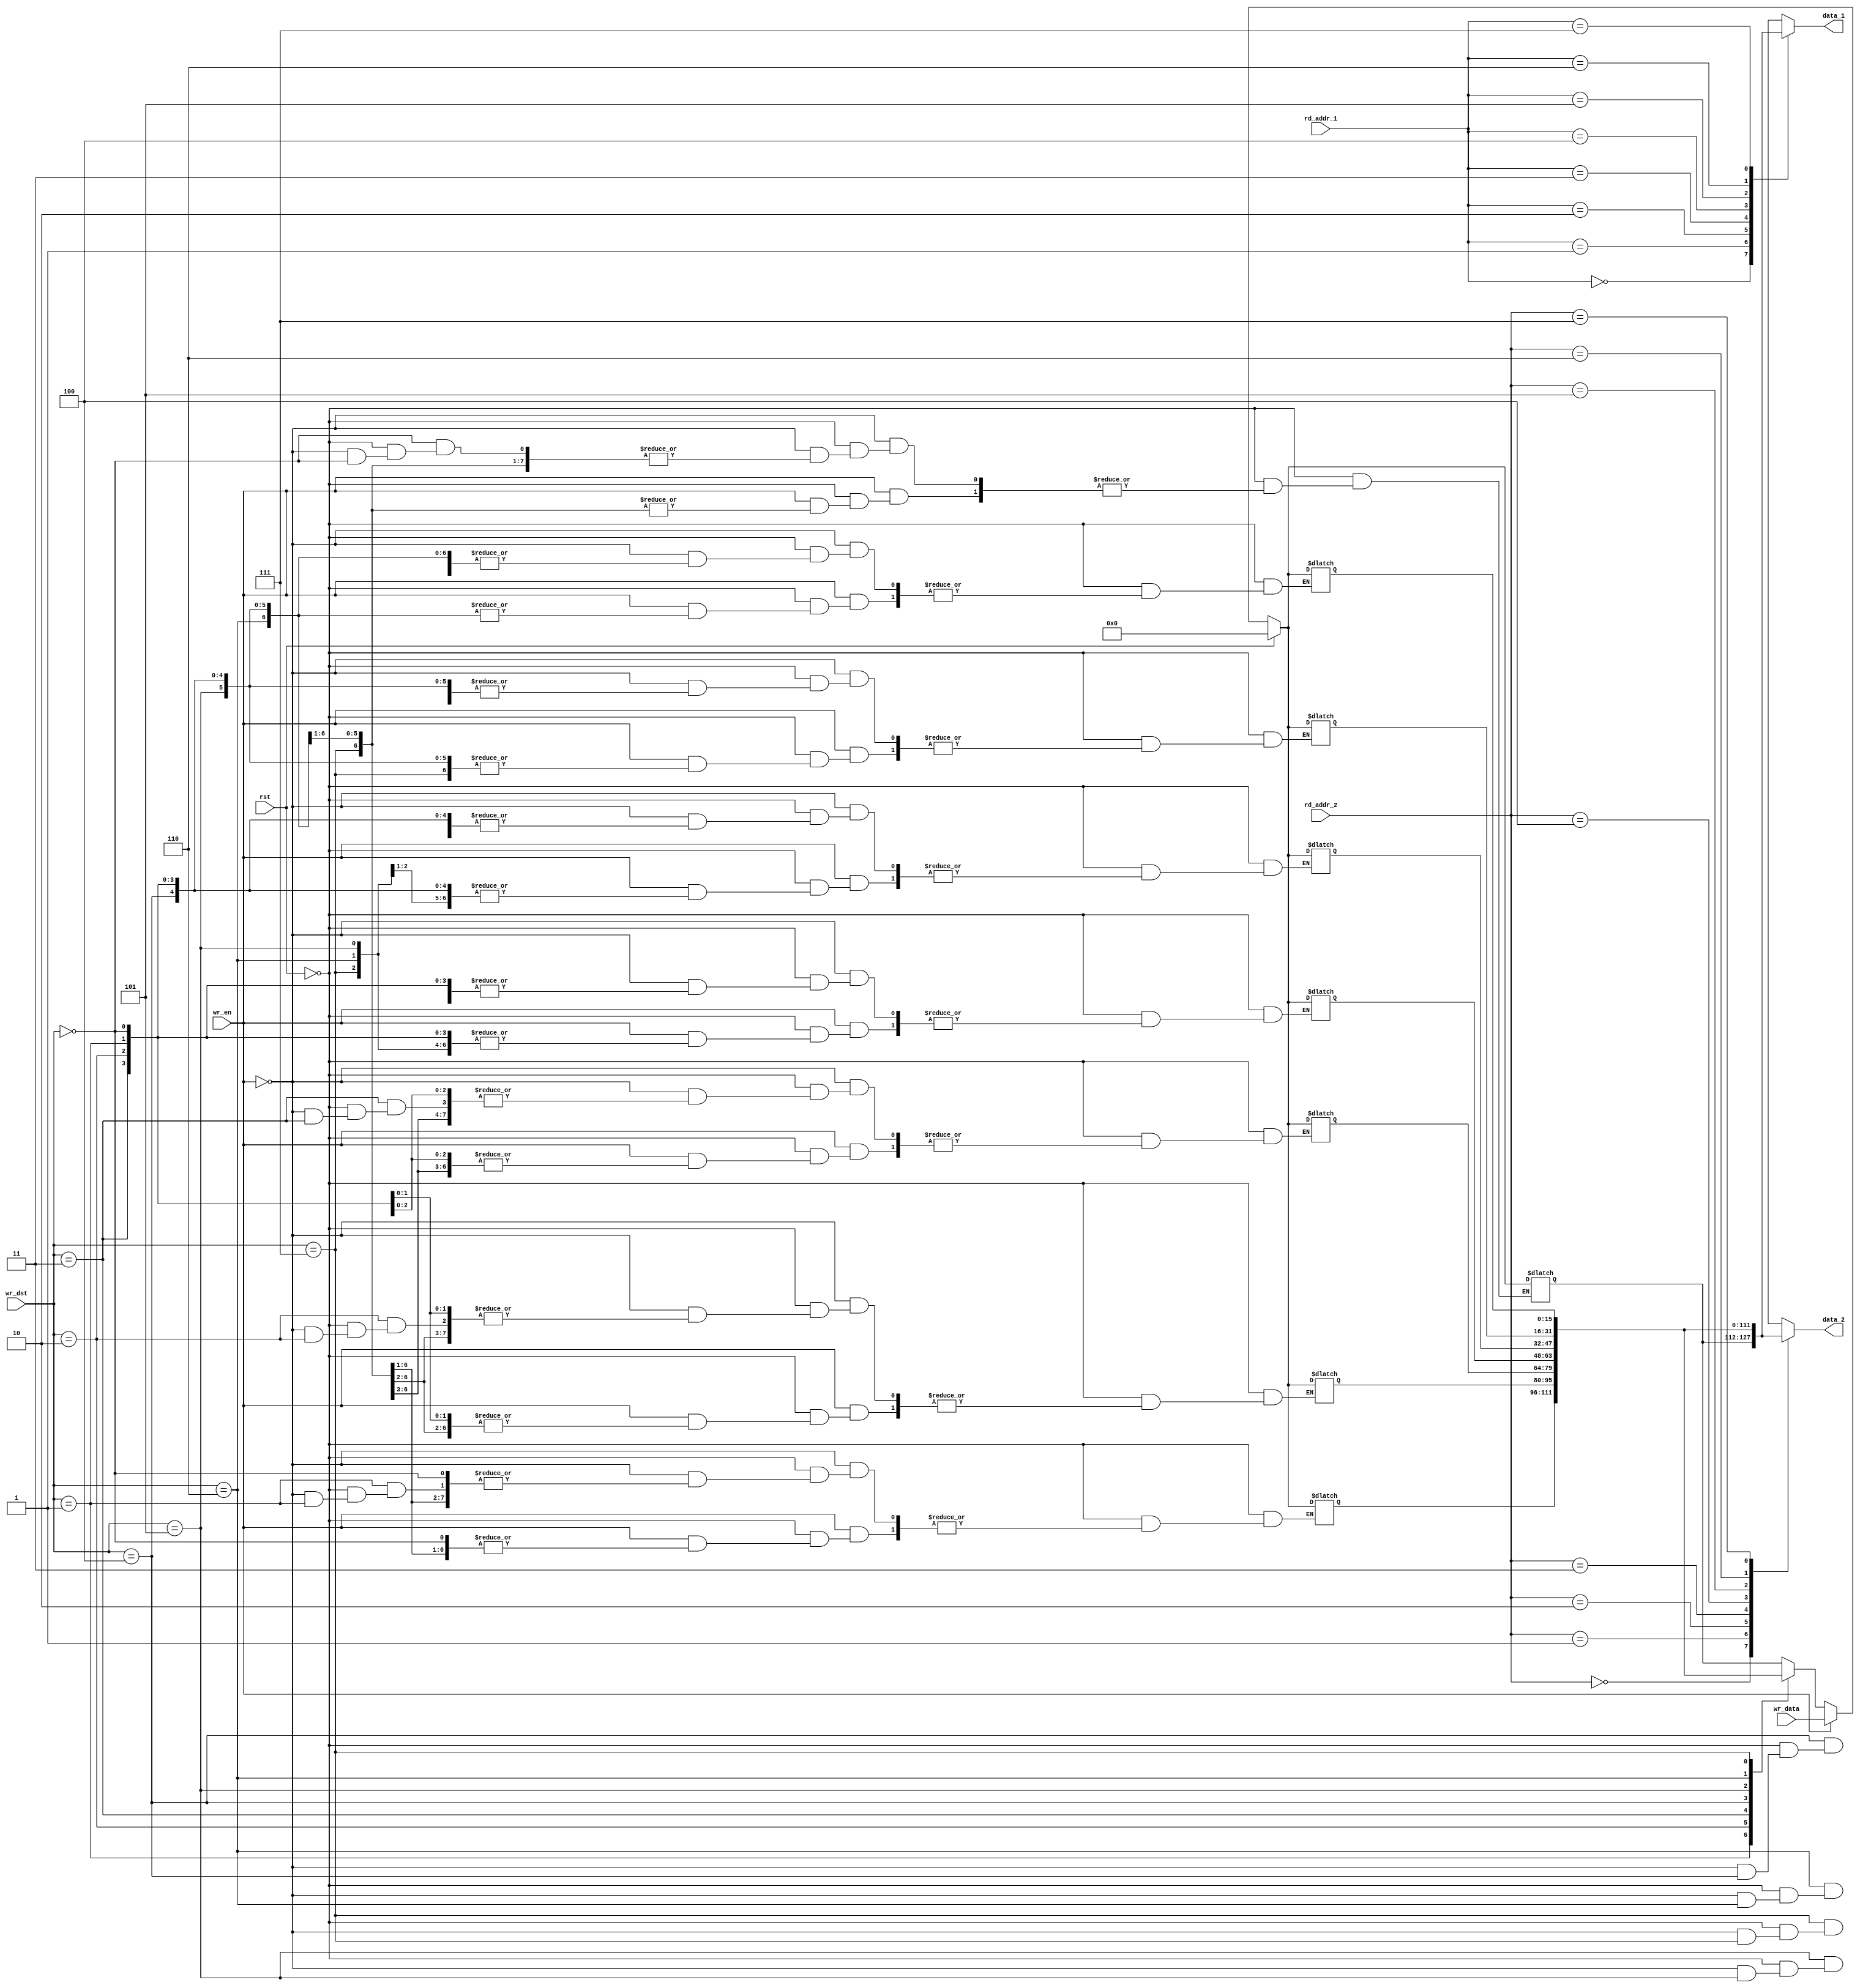
module ScalarRegFile (rst, rd_addr_1, rd_addr_2, wr_dst, wr_data, wr_en, data_1, data_2);

input wr_en, rst;
input [2:0] rd_addr_1, rd_addr_2, wr_dst;
input [15:0] wr_data;

output [15:0] data_1, data_2;

reg [15:0] regTable [0:7];

assign data_1 = regTable[rd_addr_1];
assign data_2 = regTable[rd_addr_2];
  
always @(wr_en, rst)
  if(rst) begin // Clear the registers
    regTable[7] = 16'h0000;
    regTable[6] = 16'h0000;
    regTable[5] = 16'h0000;
    regTable[4] = 16'h0000;
    regTable[3] = 16'h0000;
    regTable[2] = 16'h0000;
    regTable[1] = 16'h0000;
    regTable[0] = 16'h0000;
  end else if (wr_en)
    regTable[wr_dst] = wr_data;
  else
    regTable[wr_dst] = regTable[wr_dst];

endmodule